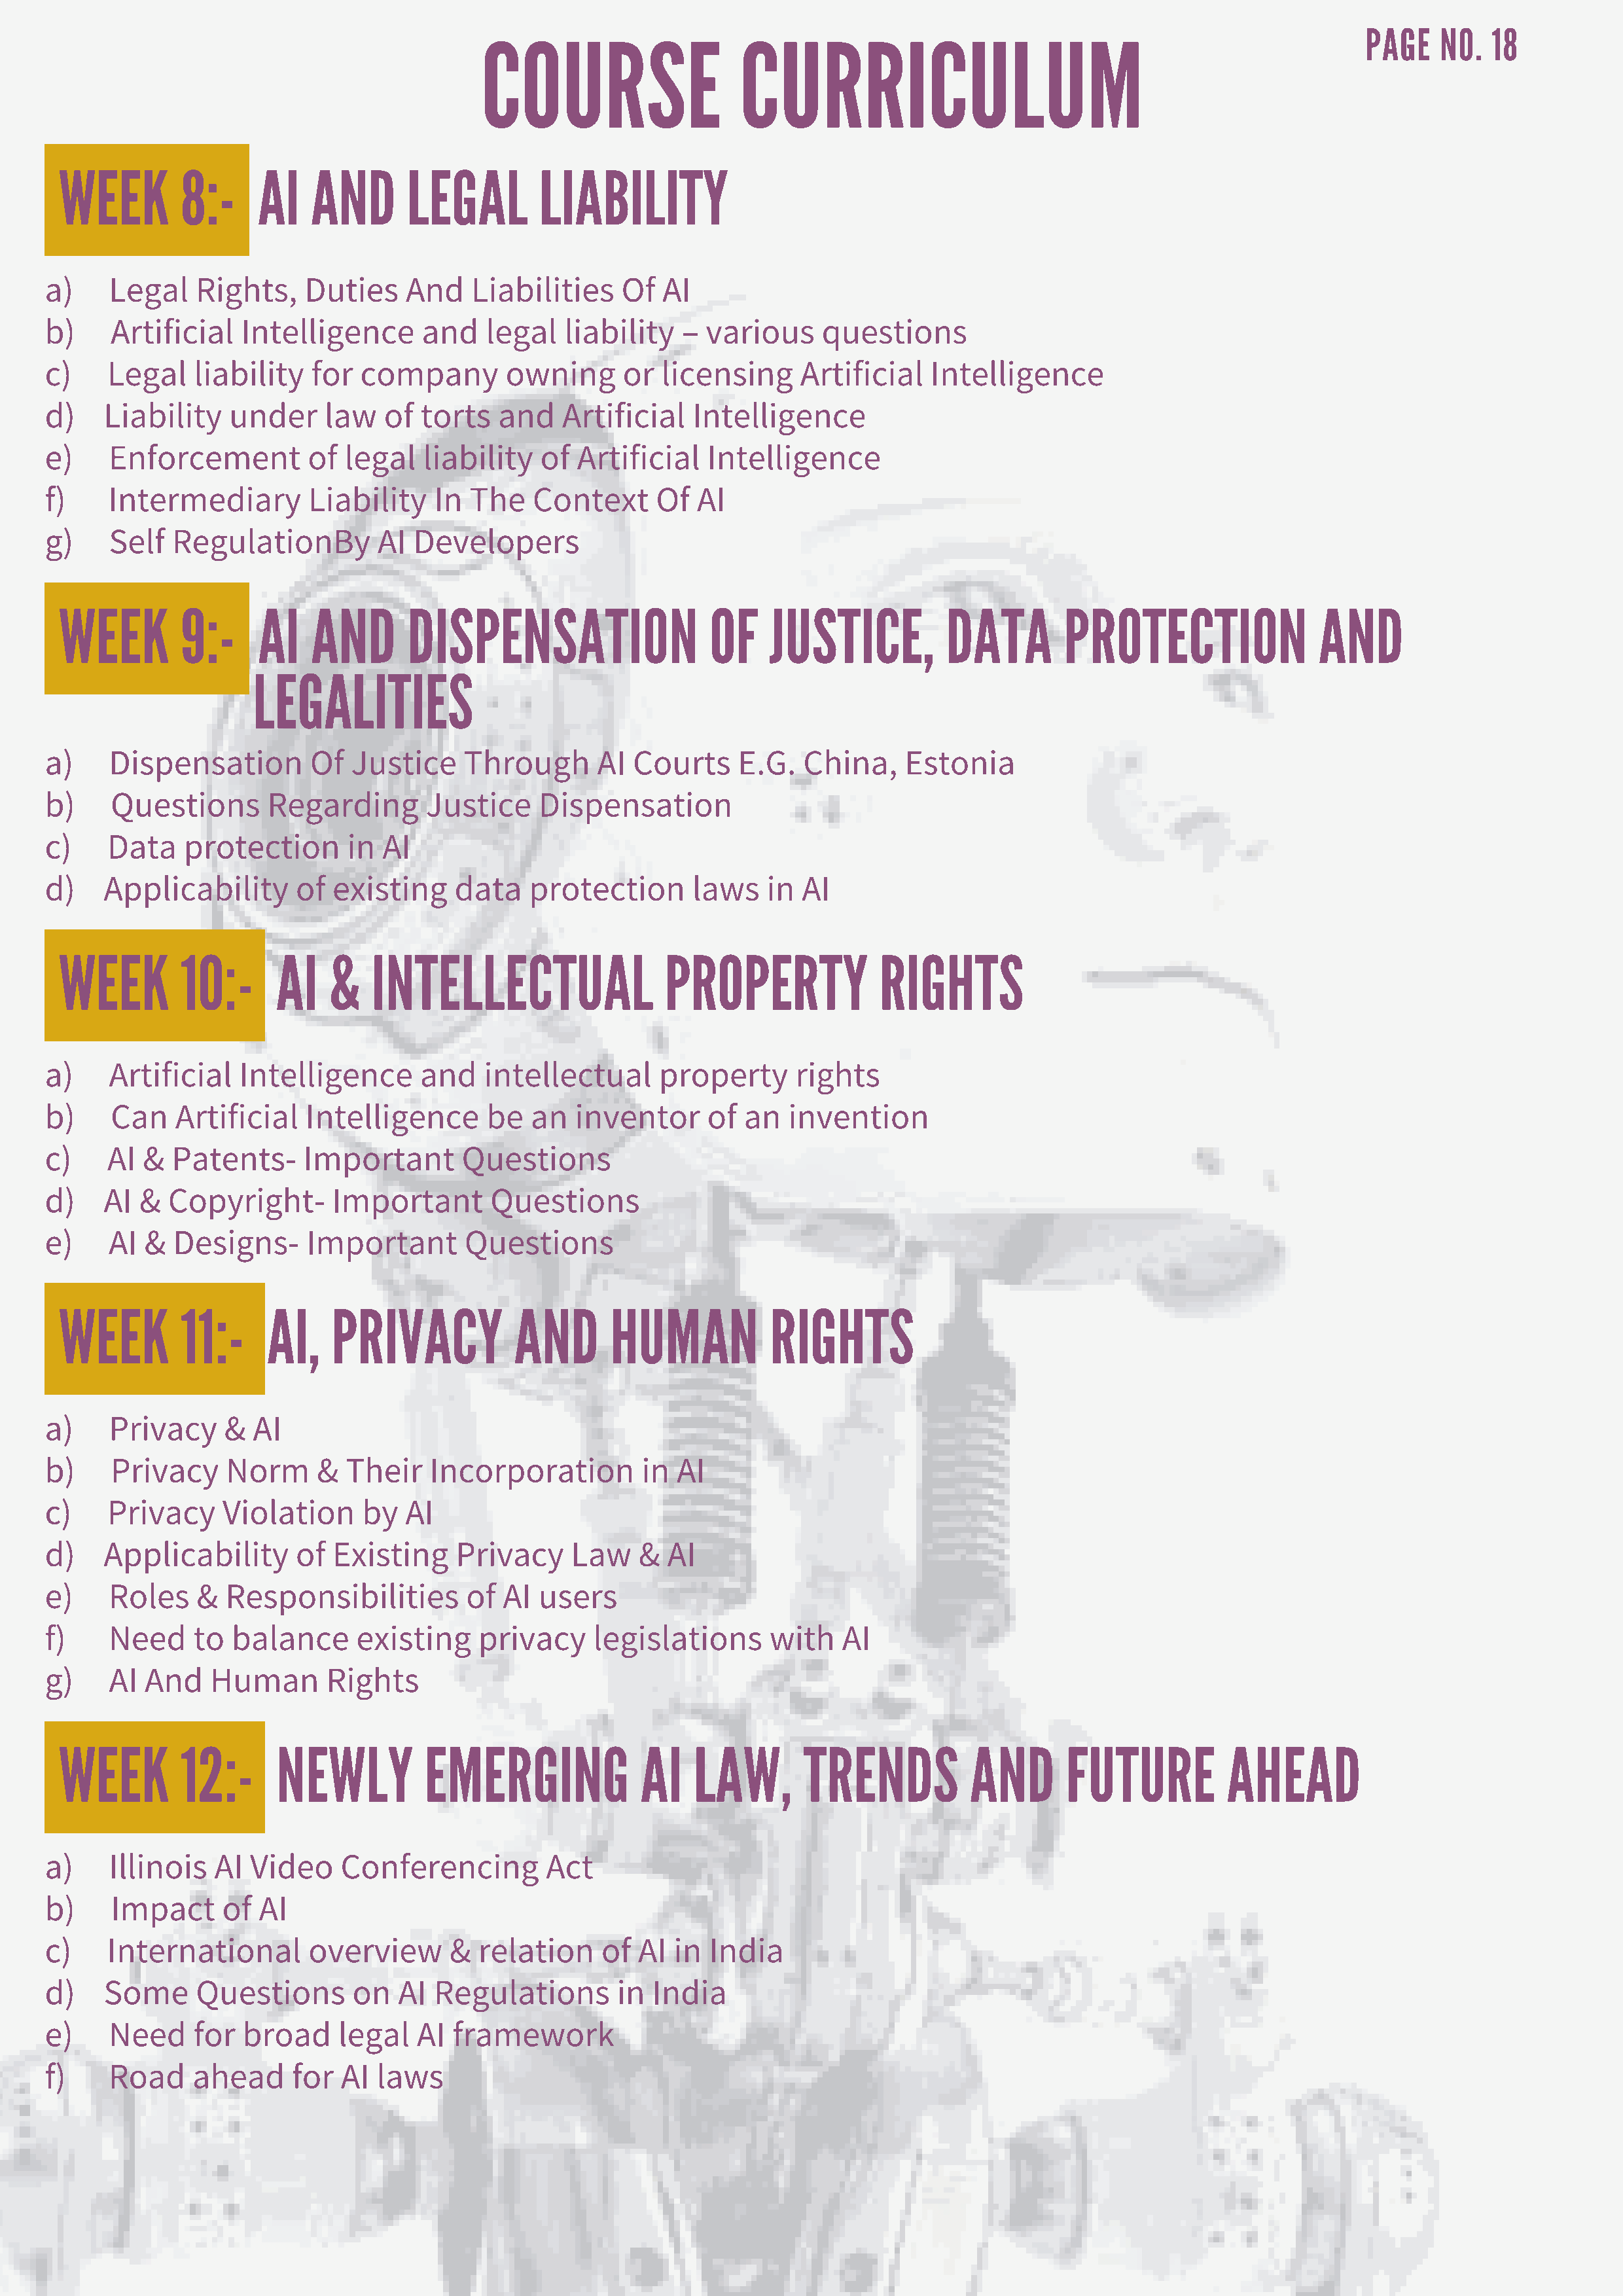
COURSE                    CURRICULUM
 PAGE    NO.  18
 WEEK        8:-     AI   AND       LEGAL         LIABILITY
 a)    Legal    Rights,    Duties    And    Liabilities    Of  AI
 b)    Artificial   Intelligence       and   legal   liability   – various     questions
 c)    Legal    liability  for  company        owning      or  licensing     Artificial   Intelligence
 d)   Liability    under     law   of  torts  and    Artificial   Intelligence
 e)    Enforcement         of  legal   liability   of Artificial    Intelligence
 f)    Intermediary        Liability    In  The   Context     Of  AI
 g)    Self  RegulationBy         AI  Developers
 WEEK        9:-     AI   AND       DISPENSATION                   OF    JUSTICE,          DATA        PROTECTION               AND
 LEGALITIES
 a)    Dispensation        Of   Justice    Through      AI  Courts     E.G.  China,     Estonia
 b)    Questions       Regarding       Justice    Dispensation
 c)    Data    protection      in  AI
 d)   Applicability       of  existing    data    protection      laws    in AI
 WEEK        10:-      AI   &    INTELLECTUAL                 PROPERTY              RIGHTS
 a)    Artificial   Intelligence      and    intellectual      property     rights
 b)    Can    Artificial   Intelligence      be   an  inventor      of an   invention
 c)    AI &  Patents-      Important       Questions
 d)   AI  &  Copyright-       Important       Questions
 e)    AI  &  Designs-     Important       Questions
 WEEK        11:-     AI,    PRIVACY           AND       HUMAN           RIGHTS
 a)    Privacy     &  AI
 b)    Privacy     Norm     &  Their   Incorporation         in AI
 c)    Privacy     Violation     by  AI
 d)   Applicability       of  Existing    Privacy     Law    & AI
 e)    Roles    &  Responsibilities        of  AI users
 f)    Need     to balance      existing    privacy     legislations      with   AI
 g)    AI  And   Human       Rights
 WEEK        12:-      NEWLY          EMERGING              AI   LAW,       TRENDS           AND       FUTURE          AHEAD
 a)    Illinois   AI Video    Conferencing         Act
 b)    Impact     of  AI
 c)    International       overview      &  relation     of  AI in  India
 d)   Some      Questions       on  AI  Regulations       in  India
 e)    Need     for  broad    legal   AI  framework
 f)    Road    ahead      for AI  laws